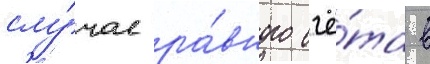
слу́чае ра́вного счё́та в